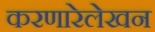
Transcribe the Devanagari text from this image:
करणारेलेखन